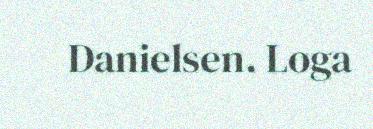
Danielsen. Loga